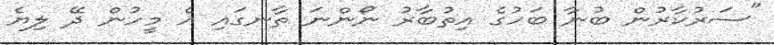
"ސަރުކާރުން ބުނާ ބަހުގެ އިތުބާރު ނޯންނަ ތާނގައި އެ މީހުން ދޭ ލިޔެ